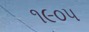
૧૯૦૫